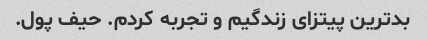
بدترین پیتزای زندگیم و تجربه کردم. حیف پول.